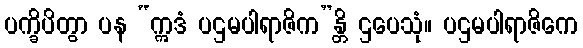
ပက္ခိပိတွာ ပန “ဣဒံ ပဌမပါရာဇိက”န္တိ ဌပေသုံ။ ပဌမပါရာဇိကေ